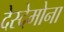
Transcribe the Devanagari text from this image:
देस्देमोना